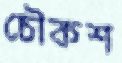
চৌকশ